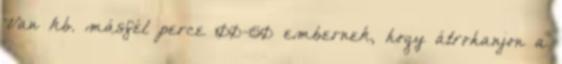
Van kb. másfél perce 100-150 embernek, hogy átrohanjon a